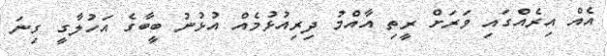
އެއް އިރެއްގައި ވަރަށް ރީތި އާއްމު ދިރިއުޅުމެއް އުޅުނު ބީބާގެ އަހުލާގީ ގިނަ